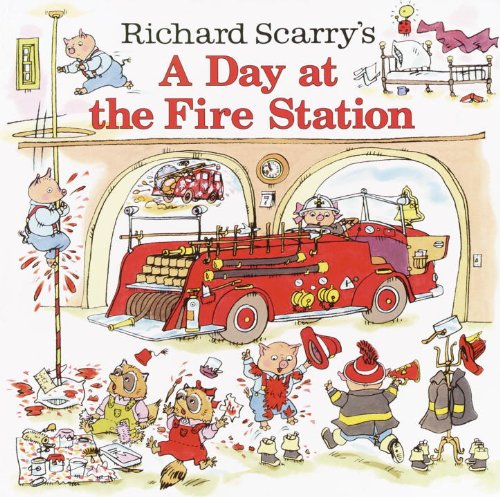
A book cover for Richard Scarry's A Day at the Fire Station (Pictureback(R)); Richard Scarry; Children's Books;